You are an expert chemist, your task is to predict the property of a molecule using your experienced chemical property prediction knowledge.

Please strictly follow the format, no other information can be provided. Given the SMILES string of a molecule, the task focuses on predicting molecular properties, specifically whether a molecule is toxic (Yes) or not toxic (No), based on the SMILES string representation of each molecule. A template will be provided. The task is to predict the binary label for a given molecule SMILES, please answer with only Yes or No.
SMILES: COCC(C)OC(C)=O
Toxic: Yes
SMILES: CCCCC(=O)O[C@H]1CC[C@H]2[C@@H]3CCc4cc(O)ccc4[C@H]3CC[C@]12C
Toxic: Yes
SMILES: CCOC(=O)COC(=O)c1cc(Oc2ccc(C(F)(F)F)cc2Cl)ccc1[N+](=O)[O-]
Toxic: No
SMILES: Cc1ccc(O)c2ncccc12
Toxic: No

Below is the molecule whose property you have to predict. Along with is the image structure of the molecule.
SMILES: C=C1c2c(Cl)ccc(O)c2C(=O)C2=C(O)[C@]3(O)C(=O)C(C(N)=O)=C(O)[C@@H](N(C)C)[C@@H]3[C@@H](O)[C@H]12.O=C(O)c1cc(S(=O)(=O)O)ccc1O
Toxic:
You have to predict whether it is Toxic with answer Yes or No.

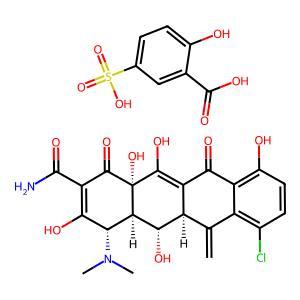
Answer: No